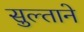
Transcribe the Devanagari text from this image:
सुल्ताने